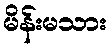
မိန်းမသား